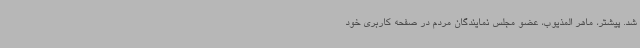
شد. پیشتر، ماهر المذیوب، عضو مجلس نمایندگان مردم در صفحه کاربری خود